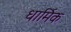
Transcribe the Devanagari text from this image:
धार्मिक